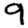
Digit: 9